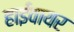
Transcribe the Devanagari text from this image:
हाईवायर